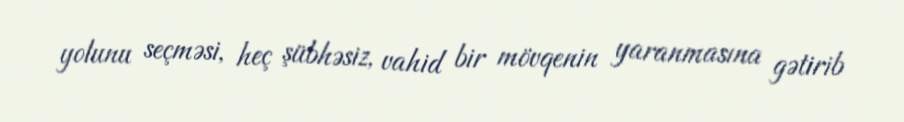
yolunu seçməsi, heç şübhəsiz, vahid bir mövqenin yaranmasına gətirib